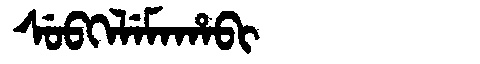
Manchu: ᠰᡠᠪᡴᡝᠯᡝᠮᠠᡥᠠᠪᡳ
Romanization: SUBKELEMAHABI